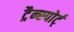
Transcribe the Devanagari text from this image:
ट्रैन्स्पोर्ट्